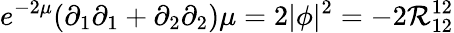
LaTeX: e^{-2\mu}(\partial_{1}\partial_{1}+\partial_{2}\partial_{2})\mu=2|\phi|^{2}=-2\mathcal{R}_{12}^{12}